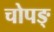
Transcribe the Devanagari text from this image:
चोपङ्